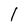
Character: l